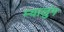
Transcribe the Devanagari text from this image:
म्यालुंग